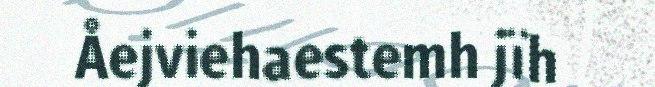
Åejviehaestemh jïh